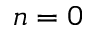
n = 0